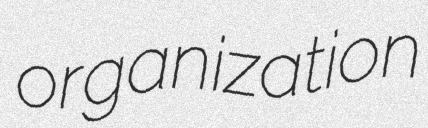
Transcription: organization